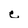
Character: e